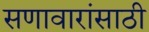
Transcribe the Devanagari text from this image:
सणावारांसाठी